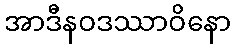
အာဒီနဝဒဿာဝိနော